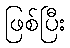
ဖြစ်ပြီး